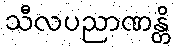
သီလပညာဏန္တိ